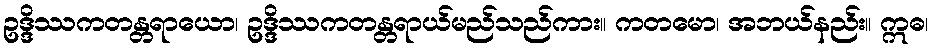
ဥဒ္ဒိဿကတန္တရာယော၊ ဥဒ္ဒိဿကတန္တရာယ်မည်သည်ကား။ ကတမော၊ အဘယ်နည်း။ ဣဓ၊